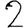
Digit: 2